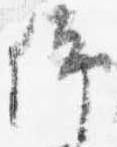
仰